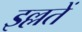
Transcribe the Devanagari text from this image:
इल्लतें